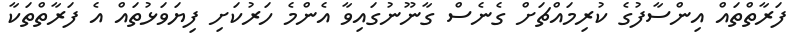
ފަރާތްތައް އިންސާފުގެ ކުރިމައްޗަށް ގެނެސް ގާނޫނުގައިވާ އެންމެ ހަރުކަށި ފިޔަވަޅުތައް އެ ފަރާތްތަކާ